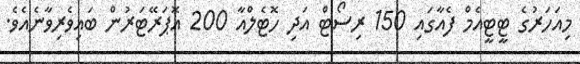
މިއަހަރުގެ ޓީޓީއެމް ފެއާގައި 150 ރިސޯޓް އަދި ހޮޓެލްއާ 200 އޮޕަރޭޓަރުން ބައިވެރިވާނެއެވެ.